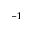
^ { - 1 }